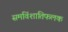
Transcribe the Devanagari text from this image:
समविंशातिफलक